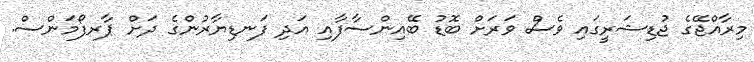
މިރާއްޖޭގެ ޖުޑިޝަރީގައި ވެސް ވަރަށް ބޮޑު ބޭއިންސާފާއި އަދި ފަނޑިޔާރުންގެ ދަށް ޕާރފޯމަންސް.